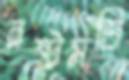
নষ্টমতি